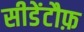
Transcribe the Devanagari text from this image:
सीडेंटौफ़